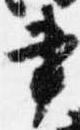
書